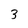
Character: 3